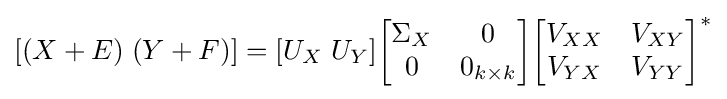
[(X+E)\;(Y+F)]=[U_{X}\;U_{Y}]{\begin{bmatrix}\Sigma _{X}&0\\0&0_{k\times k}\end{bmatrix}}{\begin{bmatrix}V_{XX}&V_{XY}\\V_{YX}&V_{YY}\end{bmatrix}}^{*}